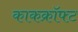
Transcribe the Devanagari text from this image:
काकक्रॉफ्ट